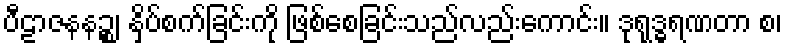
ပီဠာဇနနဉ္စ၊ နှိပ်စက်ခြင်းကို ဖြစ်စေခြင်းသည်လည်းကောင်း။ ဒုရုဒ္ဓရဏတာ စ၊